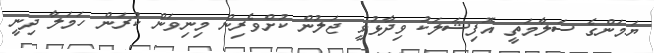
ޔަމަންގެ ސަލާމަތީ އޮފިޝަލަކު ވިދާޅުވީ ޖަލުން ކުށްވެރިން މިނިވަން ކުރަން ހަމަލާ ދިނީ